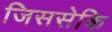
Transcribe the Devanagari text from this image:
जिससेकि